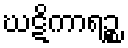
ဃဋိကာရဉ္စ